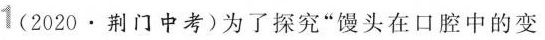
1(2020.荆门中考)为了探究”馒头在口腔中的变